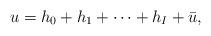
LaTeX: \begin{align*} u = h_0 + h_1 + \cdots + h_I + \bar{u},\end{align*}